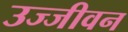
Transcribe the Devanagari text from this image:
उज्जीवन